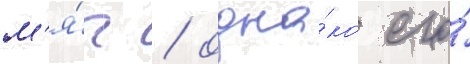
м'я́ч / одна́ко его́